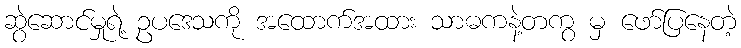
ဆွဲဆောင်မှုရဲ့ ဥပဒေသကို အထောက်အထား သာဓကနဲ့တကွ မှ ဖော်ပြနေတဲ့